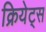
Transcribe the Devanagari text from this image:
क्रियेट्स